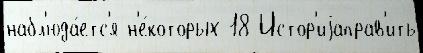
набл'юда́етс'я н'е́которых 18 Истор'иjаправ'ить